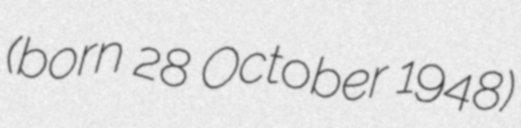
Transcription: (born 28 October 1948)